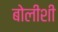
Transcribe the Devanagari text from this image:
बोलीशी